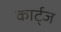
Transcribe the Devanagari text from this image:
कार्ट्ज